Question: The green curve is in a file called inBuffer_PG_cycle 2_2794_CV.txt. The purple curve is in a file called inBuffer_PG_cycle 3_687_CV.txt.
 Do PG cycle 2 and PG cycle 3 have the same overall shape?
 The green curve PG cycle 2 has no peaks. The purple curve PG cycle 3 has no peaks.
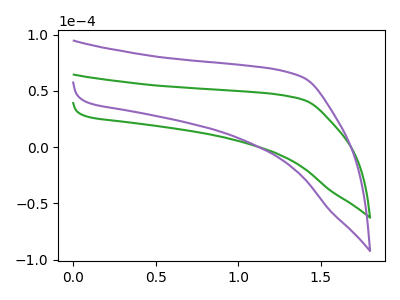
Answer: <think>Neither "PG cycle 2" or "PG cycle 3" have any peaks.
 </think>
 <answer>"PG cycle 2" and "PG cycle 3" are similar in shape.</answer>
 <eval>same_shape</eval>